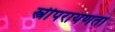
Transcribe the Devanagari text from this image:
स्त्रीपरायणता